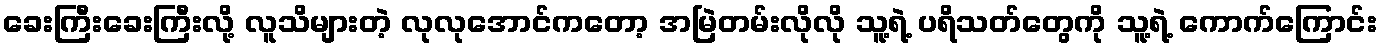
ခေးကြီးခေးကြီးလို့ လူသိများတဲ့ လုလုအောင်ကတော့ အမြဲတမ်းလိုလို သူ့ရဲ့ ပရိသတ်တွေကို သူ့ရဲ့ ကောက်ကြောင်း